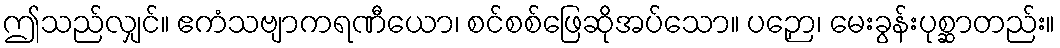
ဤသည်လျှင်။ ဧကံသဗျာကရဏီယော၊ စင်စစ်ဖြေဆိုအပ်သော။ ပဉှော၊ မေးခွန်းပုစ္ဆာတည်း။